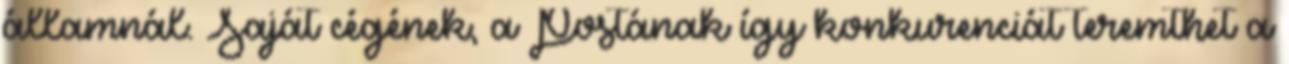
államnál. Saját cégének, a Postának így konkurenciát teremthet a